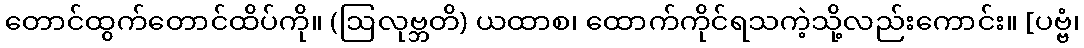
တောင်ထွက်တောင်ထိပ်ကို။ (ဩလုဗ္ဘတိ) ယထာစ၊ ထောက်ကိုင်ရသကဲ့သို့လည်းကောင်း။ [ပဗ္ဗံ၊